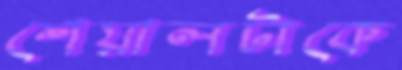
শেয়ালটাকে